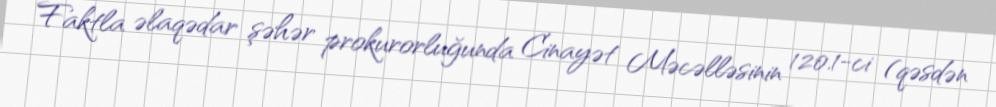
Faktla əlaqədar şəhər prokurorluğunda Cinayət Məcəlləsinin 120.1-ci (qəsdən